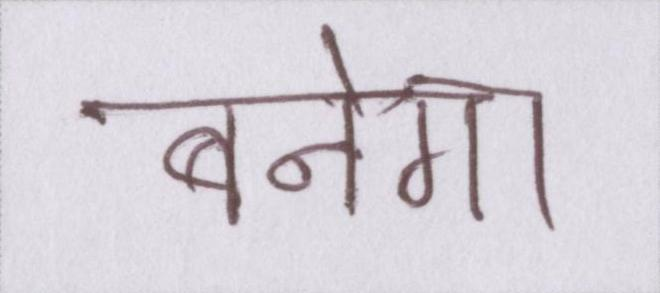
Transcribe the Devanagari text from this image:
बनेगा